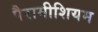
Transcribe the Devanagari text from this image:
पैरामीशियम